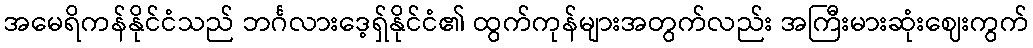
အမေရိကန်နိုင်ငံသည် ဘင်္ဂလားဒေ့ရှ်နိုင်ငံ၏ ထွက်ကုန်များအတွက်လည်း အကြီးမားဆုံးဈေးကွက်